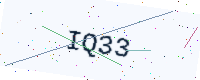
Text: IQ33